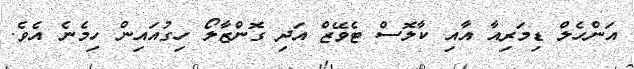
އަންހެލް ޑިމަރިއާ އާއި ކާލޮސް ޓެވޭޒް އަދި ގޮންޒާލޯ ހިގުއައިން ހިމެނެ އެވެ.